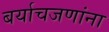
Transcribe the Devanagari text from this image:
बर्याचजणांना